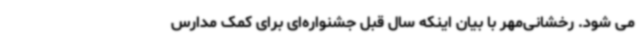
می شود. رخشانی‌مهر با بیان اینکه سال قبل جشنواره‌ای برای کمک مدارس